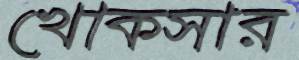
খোকসার